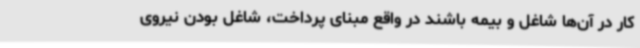
کار در آن‌ها شاغل و بیمه باشند در واقع مبنای پرداخت، شاغل بودن نیروی